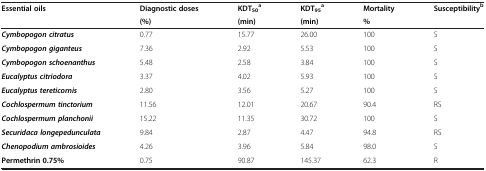
<table><thead><tr><td rowspan="2"><b>Essential oils</b></td><td><b>Diagnostic doses</b></td><td><b>KDT<sub>50</sub><sup>a</sup></b></td><td><b>KDT<sub>95</sub><sup>a</sup></b></td><td><b>Mortality</b></td><td><b>Susceptibility<sup>b</sup></b></td></tr><tr><td><b>(%)</b></td><td><b>(min)</b></td><td><b>(min)</b></td><td><b>%</b></td><td><b> </b></td></tr></thead><tbody><tr><td><b><i>Cymbopogon citratus</i></b></td><td>0.77</td><td>15.77</td><td>26.00</td><td>100</td><td>S</td></tr><tr><td><b><i>Cymbopogon giganteus</i></b></td><td>7.36</td><td>2.92</td><td>5.53</td><td>100</td><td>S</td></tr><tr><td><b><i>Cymbopogon schoenanthus</i></b></td><td>5.48</td><td>2.58</td><td>3.84</td><td>100</td><td>S</td></tr><tr><td><b><i>Eucalyptus citriodora</i></b></td><td>3.37</td><td>4.02</td><td>5.93</td><td>100</td><td>S</td></tr><tr><td><b><i>Eucalyptus tereticornis</i></b></td><td>2.80</td><td>3.56</td><td>5.27</td><td>100</td><td>S</td></tr><tr><td><b><i>Cochlospermum tinctorium</i></b></td><td>11.56</td><td>12.01</td><td>20.67</td><td>90.4</td><td>RS</td></tr><tr><td><b><i>Cochlospermum planchonii</i></b></td><td>15.22</td><td>11.35</td><td>30.72</td><td>100</td><td>S</td></tr><tr><td><b><i>Securidaca longepedunculata</i></b></td><td>9.84</td><td>2.87</td><td>4.47</td><td>94.8</td><td>RS</td></tr><tr><td><b><i>Chenopodium ambrosioides</i></b></td><td>4.26</td><td>3.96</td><td>5.84</td><td>98.0</td><td>S</td></tr><tr><td><b>Permethrin 0.75%</b></td><td>0.75</td><td>90.87</td><td>145.37</td><td>62.3</td><td>R</td></tr></tbody></table>